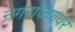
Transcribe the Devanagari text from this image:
नगरांज्यावर